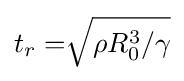
t_{r}={\sqrt[{}]{\rho R_{0}^{3}/\gamma }}